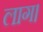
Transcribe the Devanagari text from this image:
लाग।